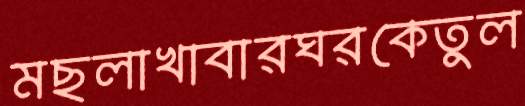
মছলাখাবারঘরকেতুল